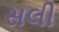
સલી